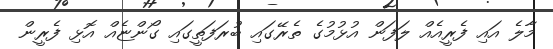
މާލެ އައި ފެރީއެއް ލަފަން އުޅުމުގެ ތެރޭގައި ބުރަފަތީގައި ގޯންޏެއް އޮޅި ފެރީން